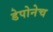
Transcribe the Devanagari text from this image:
डेपोनेच